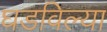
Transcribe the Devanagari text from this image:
घडविल्या